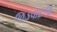
જડવાદજ